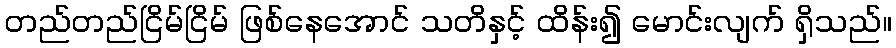
တည်တည်ငြိမ်ငြိမ် ဖြစ်နေအောင် သတိနှင့် ထိန်း၍ မောင်းလျက် ရှိသည်။